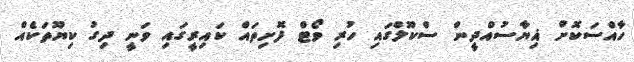
ހާއްސަކޮށް ޣިޔާސުއްދީން ސްކޫލްގައި ހުރި ވޯޓް ފޮށިތައް ކައިރީގައި ވަނީ ދިގު ކިޔޫތަކެއް